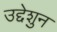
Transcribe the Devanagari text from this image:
उद्देशुन